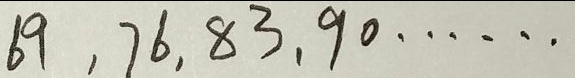
6 9 , 7 6 , 8 3 , 9 0 \cdots